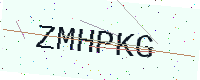
Text: ZMHPKG